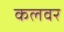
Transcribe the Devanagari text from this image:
कलवर